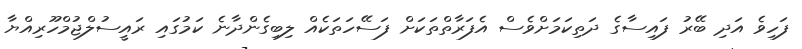
ފަހިވެ އަދި ބޭރު ފައިސާގެ ދަތިކަމަށްވެސް އެފަރާތްތަކަށް ފަސޭހަތަކެއް ލިބިގެންދާނެ ކަމުގައި ރައީސުލްޖުމްހޫރިއްޔާ